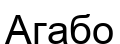
Агабо